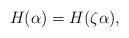
LaTeX: \begin{align*} H(\alpha) = H(\zeta\alpha),\end{align*}